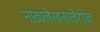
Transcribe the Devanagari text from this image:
नाट्यलेखनाखेरीज